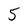
Character: 5